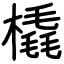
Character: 橇